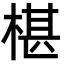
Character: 椹